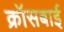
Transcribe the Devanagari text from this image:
क्रॉसबाई